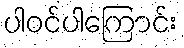
ပါဝင်ပါကြောင်း